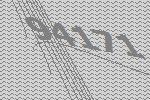
94171